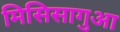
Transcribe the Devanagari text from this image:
मिसिसागुआ